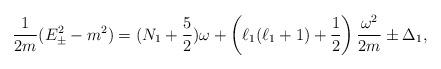
LaTeX: \begin{align*}{1\over 2 m} (E^2_{\pm} - m^2) =(N_1+{5\over 2})\omega+ \left( \ell_1(\ell_1 + 1) + {1\over 2} \right) {\omega^2\over 2m} \pm\Delta_1 ,\end{align*}